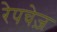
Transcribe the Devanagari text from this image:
रेपचेज़